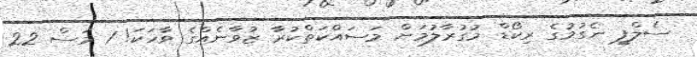
ސެލްފީ ނެގުމުގެ ރިކޯޑް މުގުރާލުމަށް މަސައްކަތްކުރާ ޒުވާނެއްގެ ވާހަކަ! 1 މަސް 22